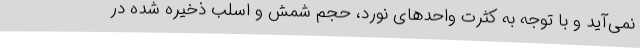
نمی‌آید و با توجه به کثرت واحدهای نورد، حجم شمش و اسلب ذخیره شده در